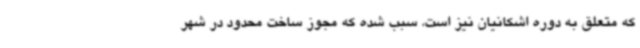
که متعلق به دوره اشکانیان نیز است، سبب شده که مجوز ساخت محدود در شهر